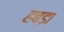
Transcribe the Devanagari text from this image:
हबड़ा